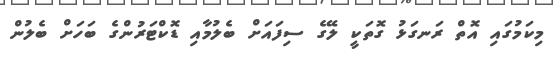
މިކަމުގައި އޮތް ރަނގަޅު ގޮތަކީ ލޭގެ ސިފައަށް ބެލުމާއި ޑޮކްޓަރުންގެ ބަހަށް ބެލުން